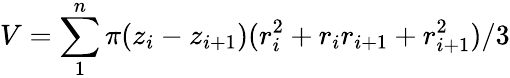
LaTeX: V=\sum_{1}^{n}\pi(z_{i}-z_{i+1})(r_{i}^{2}+r_{i}r_{i+1}+r_{i+1}^{2})/3